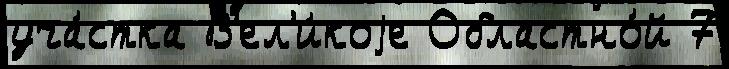
уча́стка В'ел'и́коjе Областно́й 7